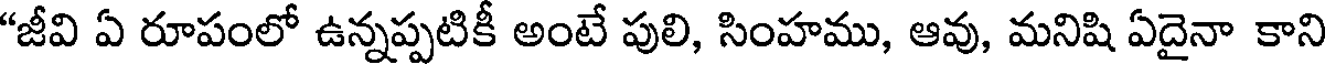
"జీవి ఏ రూపంలో ఉన్నప్పటికీ అంటే పులి, సింహము, ఆవు, మనిషి ఏదైనా కాని